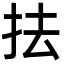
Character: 抾